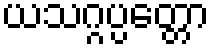
ယသဂ္ဂပ္ပတ္တော